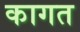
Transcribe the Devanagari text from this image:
कागत